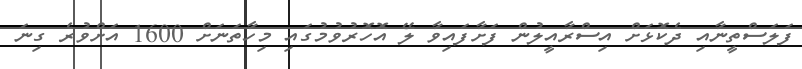
ފަލަސްތީނާއި ދެކޮޅަށް އިސްރާއީލުން ފަށާފައިވާ ލޭ އޮހޮރުވުމުގައި މިހާތަނަށް 1600 އަށްވުރެ ގިނަ